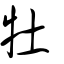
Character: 牡